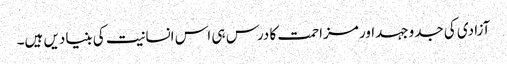
آزادی کی جدوجہداور مزاحمت کا درس ہی اس انسانیت کی بنیادیں ہیں۔